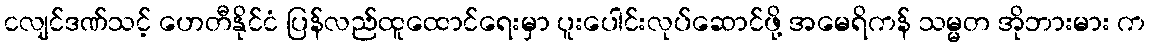
ငလျင်ဒဏ်သင့် ဟေတီနိုင်ငံ ပြန်လည်ထူထောင်ရေးမှာ ပူးပေါင်းလုပ်ဆောင်ဖို့ အမေရိကန် သမ္မတ အိုဘားမား က